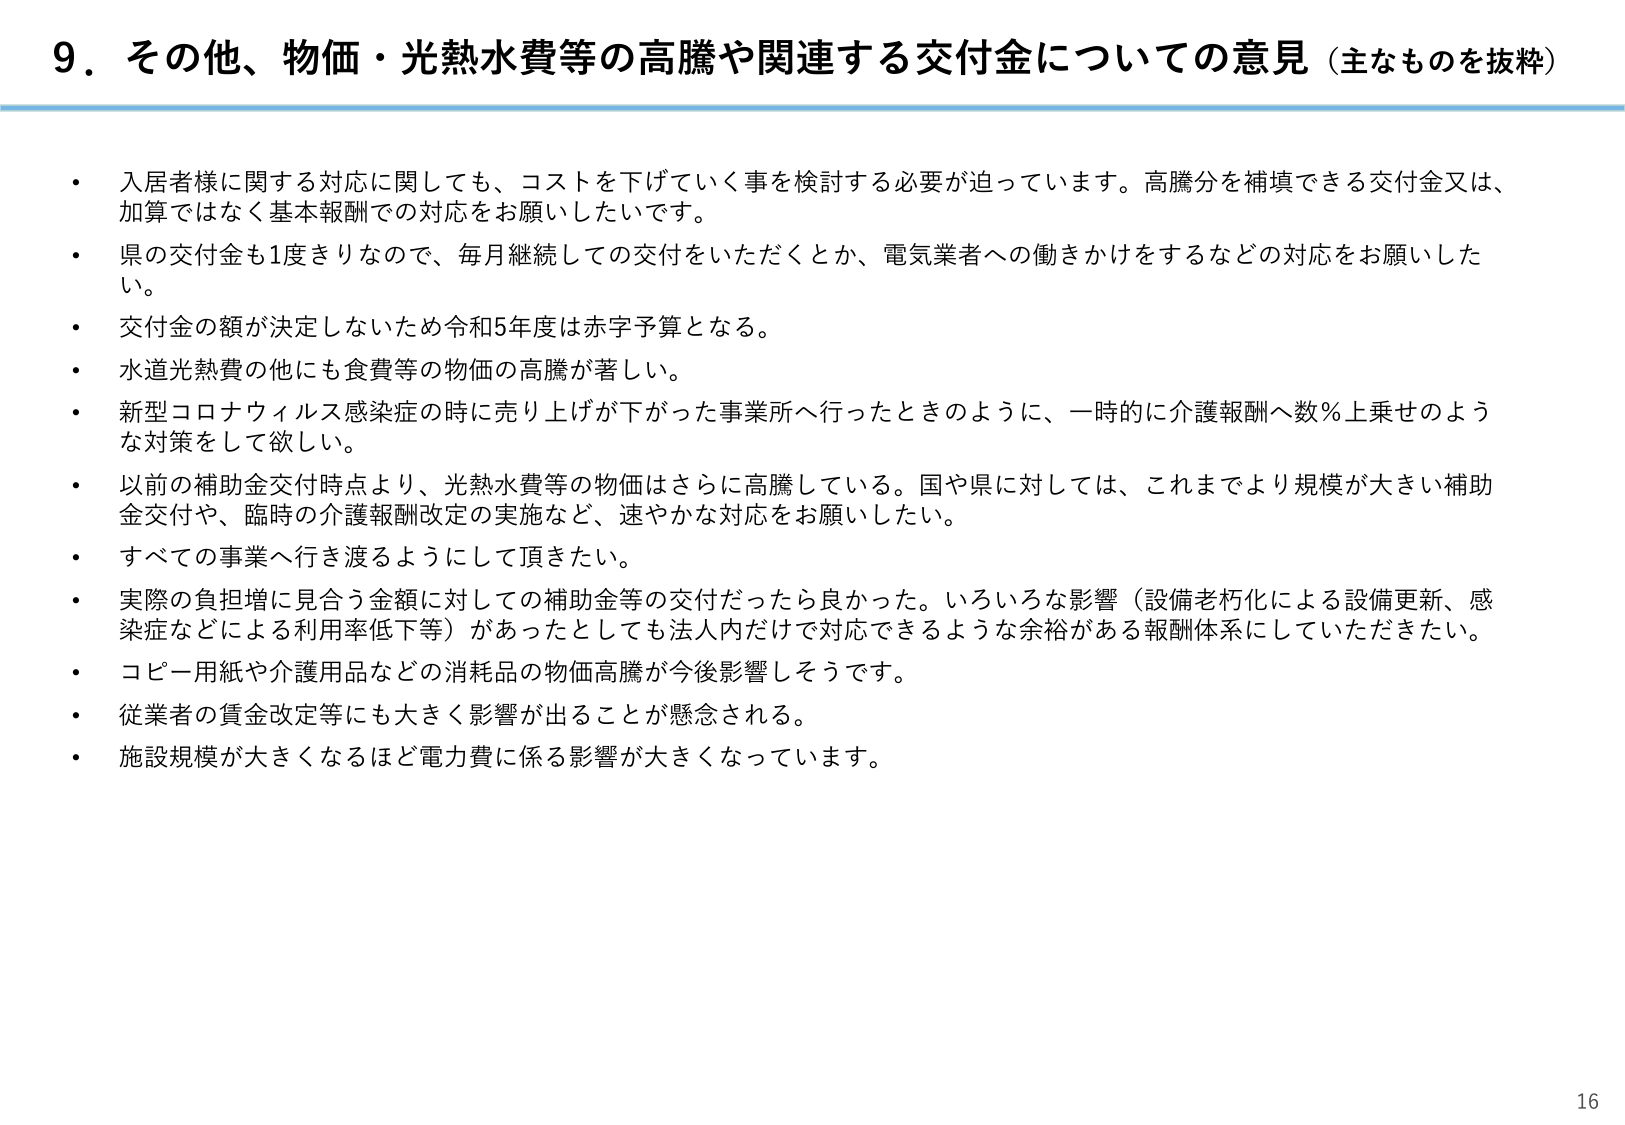
9．その他、物価・光熱水費等の高騰や関連する交付金についての意見（主なものを抜粋）

・入居者様に関する対応に関しても、コストを下げていく事を検討する必要が迫っています。高騰分を補填できる交付金又は、加算ではなく基本報酬での対応をお願いしたいです。

・県の交付金も1度きりなので、毎月継続しての交付をいただくとか、電気業者への働きかけをするなどの対応をお願いしたい。

・交付金の額が決定しないため令和5年度は赤字予算となる。

・水道光熱費の他にも食費等の物価の高騰が著しい。

・新型コロナウィルス感染症の時に売り上げが下がった事業所へ行ったときのように、一時的に介護報酬へ数％上乗せのような対策をして欲しい。

・以前の補助金交付時点より、光熱水費等の物価はさらに高騰している。国や県に対しては、これまでより規模が大きい補助金交付や、臨時の介護報酬改定の実施など、速やかな対応をお願いしたい。

・すべての事業へ行き渡るようにして頂きたい。

・実際の負担増に見合う金額に対しての補助金等の交付だったら良かった。いろいろな影響（設備老朽化による設備更新、感染症などによる利用率低下等）があったとしても法人内だけで対応できるような余裕がある報酬体系にしていただきたい。

・コピー用紙や介護用品などの消耗品の物価高騰が今後影響しそうです。

・従業者の賃金改定等にも大きく影響が出ることが懸念される。

・施設規模が大きくなるほど電力費に係る影響が大きくなっています。

16